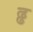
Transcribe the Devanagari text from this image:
ढ्ढ